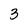
Character: 3